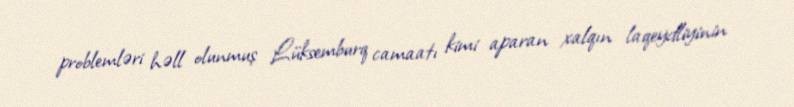
problemləri həll olunmuş Lüksemburq camaatı kimi aparan xalqın laqeydliyinin